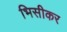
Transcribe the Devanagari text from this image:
भिसीकर